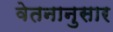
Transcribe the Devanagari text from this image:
वेतनानुसार